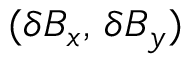
( \delta B _ { x } , \, \delta B _ { y } )